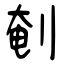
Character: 剦